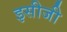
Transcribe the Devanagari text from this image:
इसीजी